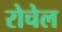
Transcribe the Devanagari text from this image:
रोचेल